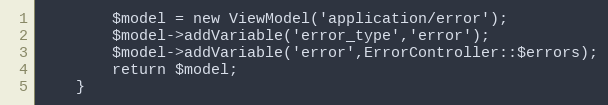
Language: PHP
		$model = new ViewModel('application/error');
		$model->addVariable('error_type','error');
		$model->addVariable('error',ErrorController::$errors);
		return $model;
	}